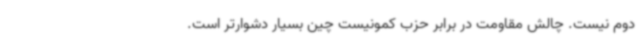
دوم نیست. چالش مقاومت در برابر حزب کمونیست چین بسیار دشوارتر است.